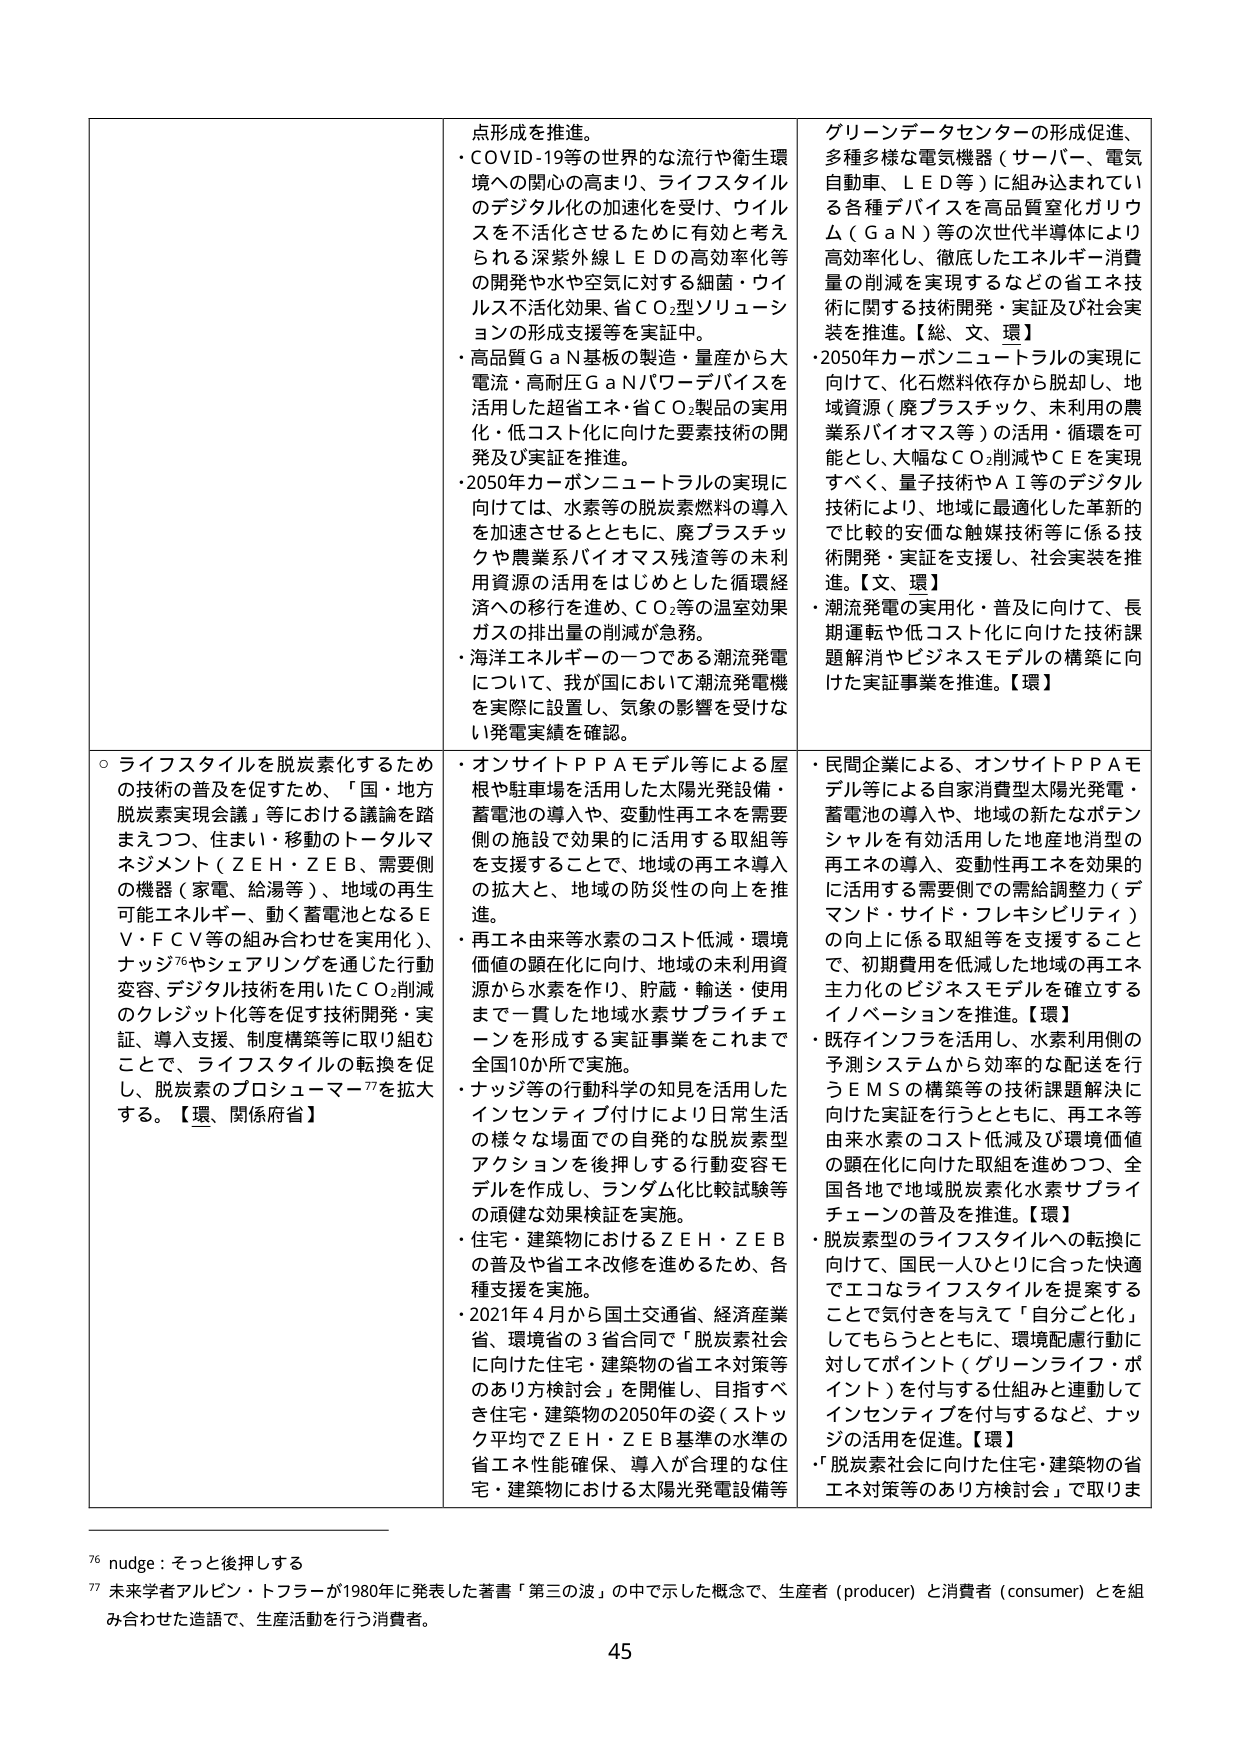
点形成を推進。
・COVID-19等の世界的な流行や衛生環境への関心の高まり、ライフスタイルのデジタル化の加速化を受け、ウイルスを不活化させるために有効と考えられる深紫外線ＬＥＤの高効率化等の開発や水や空気に対する細菌・ウイルス不活化効果、省ＣＯ₂型ソリューションの形成支援等を実証中。
・高品質ＧａＮ基板の製造・量産から大電流・高耐圧ＧａＮパワーデバイスを活用した超省エネ・省ＣＯ₂製品の実用化・低コスト化に向けた要素技術の開発及び実証を推進。
・2050年カーボンニュートラルの実現に向けては、水素等の脱炭素燃料の導入を加速させるとともに、廃プラスチックや農業系バイオマス残渣等の未利用資源の活用をはじめとした循環経済への移行を進め、ＣＯ₂等の温室効果ガスの排出量の削減が急務。
・海洋エネルギーの一つである潮流発電について、我が国において潮流発電機を実際に設置し、気象の影響を受けない発電実績を確認。

グリーンデータセンターの形成促進、多種多様な電気機器（サーバー、電気自動車、ＬＥＤ等）に組み込まれている各種デバイスを高品質窒化ガリウム（ＧａＮ）等の次世代半導体により高効率化し、徹底したエネルギー消費量の削減を実現するなどの省エネ技術に関する技術開発・実証及び社会実装を推進。【総、文、環】
・2050年カーボンニュートラルの実現に向けて、化石燃料依存から脱却し、地域資源（廃プラスチック、未利用の農業系バイオマス等）の活用・循環を可能とし、大幅なＣＯ₂削減やＣＥを実現すべく、量子技術やＡＩ等のデジタル技術により、地域に最適化した革新的で比較的安価な触媒技術等に係る技術開発・実証を支援し、社会実装を推進。【文、環】
・潮流発電の実用化・普及に向けて、長期運転や低コスト化に向けた技術課題解消やビジネスモデルの構築に向けた実証事業を推進。【環】

○ライフスタイルを脱炭素化するための技術の普及を促すため、「国・地方脱炭素実現会議」等における議論を踏まえつつ、住まい・移動のトータルマネジメント（ＺＥＨ・ＺＥＢ、需要側の機器（家電、給湯等）、地域の再生可能エネルギー、動く蓄電池となるＥＶ・ＦＣＶ等の組み合わせを実用化）、ナッジ⁷⁶やシェアリングを通じた行動変容、デジタル技術を用いたＣＯ₂削減のクレジット化等を促す技術開発・実証、導入支援、制度構築等に取り組むことで、ライフスタイルの転換を促し、脱炭素のプロシューマー⁷⁷を拡大する。【環、関係府省】

・オンサイトＰＰＡモデル等による屋根や駐車場を活用した太陽光発電設備・蓄電池の導入や、変動性再エネを需要側の施設で効果的に活用する取組等を支援することで、地域の再エネ導入の拡大と、地域の防災性の向上を推進。
・再エネ由来等水素のコスト低減・環境価値の顕在化に向け、地域の未利用資源から水素を作り、貯蔵・輸送・使用まで一貫した地域水素サプライチェーンを形成する実証事業をこれまで全国10か所で実施。
・ナッジ等の行動科学の知見を活用したインセンティブ付けにより日常生活の様々な場面での自発的な脱炭素型アクションを後押しする行動変容モデルを作成し、ランダム化比較試験等の頑健な効果検証を実施。
・住宅・建築物におけるＺＥＨ・ＺＥＢの普及や省エネ改修を進めるため、各種支援を実施。
・2021年4月から国土交通省、経済産業省、環境省の3省合同で「脱炭素社会に向けた住宅・建築物の省エネ対策等のあり方検討会」を開催し、目指すべき住宅・建築物の2050年の姿（ストック平均でＺＥＨ・ＺＥＢ基準の水準の省エネ性能確保、導入が合理的な住宅・建築物における太陽光発電設備等

・民間企業による、オンサイトＰＰＡモデル等による自家消費型太陽光発電・蓄電池の導入や、地域の新たなポテンシャルを有効活用した地産地消型の再エネの導入、変動性再エネを効果的に活用する需要側での需給調整（デマンド・サイド・フレキシビリティ）の向上に係る取組等を支援することで、初期費用を低減した地域の再エネ主力化のビジネスモデルを確立するイノベーションを推進。【環】
・既存インフラを活用し、水素利用側の予測システムから効率的な配送を行うＥＭＳの構築等の技術課題解決に向けた実証を行うとともに、再エネ等由来水素のコスト低減及び環境価値の顕在化に向けた取組を進めつつ、全国各地で地域脱炭素化水素サプライチェーンの普及を推進。【環】
・脱炭素型のライフスタイルへの転換に向けて、国民一人ひとりに合った快適でエコなライフスタイルを提案することで気付きを与えて「自分ごと化」してもらうとともに、環境配慮行動に対してポイント（グリーンライフ・ポイント）を付与する仕組みと連動してインセンティブを付与するなど、ナッジの活用を促進。【環】
・「脱炭素社会に向けた住宅・建築物の省エネ対策等のあり方検討会」で取りま

⁷⁶ nudge：そっと後押しする
⁷⁷ 未来学者アルビン・トフラーが1980年に発表した著書「第三の波」の中で示した概念で、生産者（producer）と消費者（consumer）とを組み合わせた造語で、生産活動を行う消費者。

45